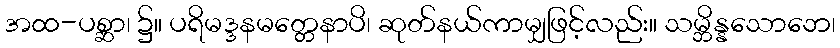
အထ-ပစ္ဆာ၊ ၌။ ပရိမဒ္ဒနမတ္တေနာပိ၊ ဆုတ်နယ်ကာမျှဖြင့်လည်း။ သမ္ဘိန္နသောဘေ၊